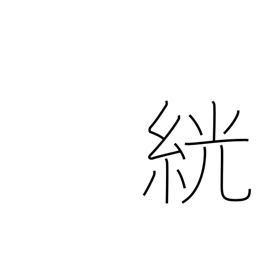
Meaning: white rice